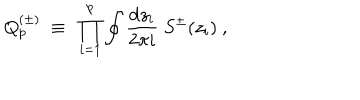
LaTeX: Q _ { p } ^ { ( \pm ) } { } ~ \equiv { } ~ \prod _ { i = 1 } ^ { p } \oint { \frac { \mathrm { d } z _ { i } } { 2 \pi i } } { } ~ { S ^ { \pm } } ( z _ { i } ) { } ~ ,